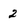
Character: 2